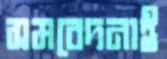
সমবেদনাই